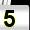
Digit: 5